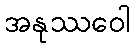
အနုဿဝေါ